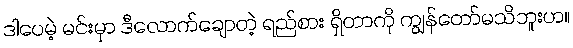
ဒါပေမဲ့ မင်းမှာ ဒီလောက်ချောတဲ့ ရည်စား ရှိတာကို ကျွန်တော်မသိဘူးဟ။